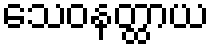
သေဝနတ္ထာယ